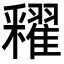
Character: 𨤠